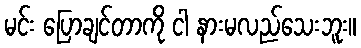
မင်း ပြောချင်တာကို ငါ နားမလည်သေးဘူး။